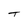
Character: t